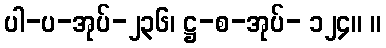
ပါ-ပ-အုပ်-၂၃၆၊ ဋ္ဌ-စ-အုပ်- ၁၂၄။ ။